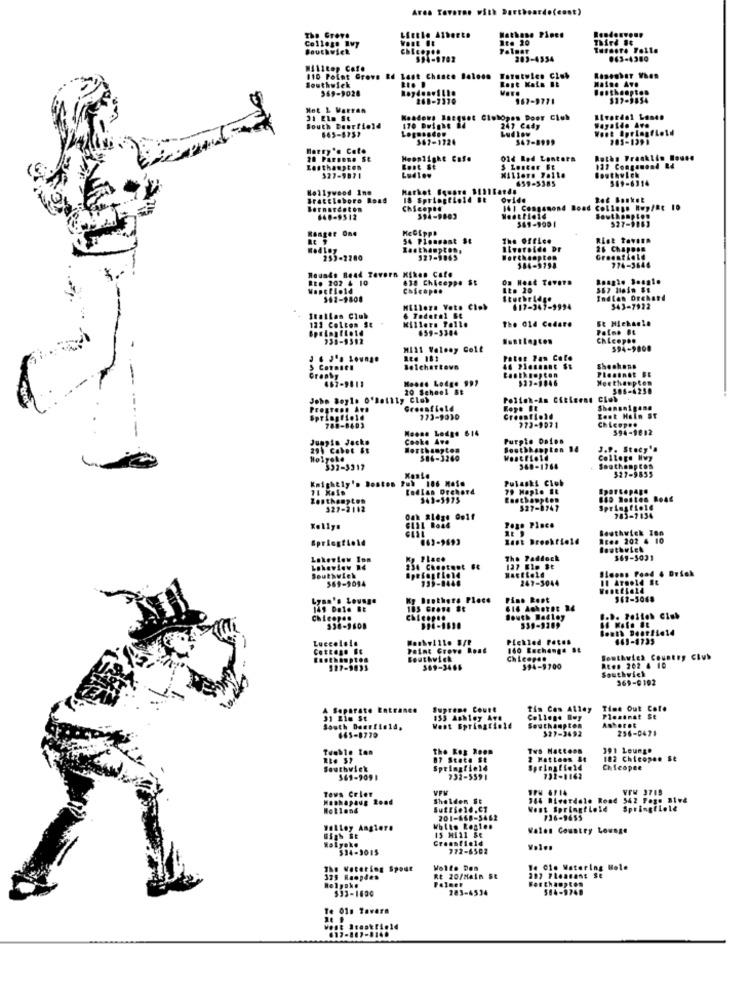
Area Tavares with Dartboardo(cont)
Little Alberts
Nathane Pines
The Grove
Rte 20
Southwick
Palmar
594-1782
283-4554
043-4380
#411top Cafe
Southwlek
110 Point Grove Rd Last Chance Baloon
Rost Kais Et
Tatetwien Club
Maine Ave
569-9028
Besthoopte
261-3370
967-9771
$17-9854
Hot L Vatten
31 Ein St
Keadows Bnegset Ciuhopen Door Club
Wayaide Ave
South Deurtiold
665-6752
247 Cady
Ludlow
West Springfield
567-1724
547-8999
905-1391
Harry's Cato
10 PARDono St
Moonlight Cafe
014 Rod Lante
Raths Trackiin House
Losthaupten
Løst St
5 Loster Ft
Southwick
527-9871
Ludlow
659-5385
549-6314
Hollywood Inn
Market Square 1111
Brattleboro Road
18 Springfield Bt
ovide
Roz Bonket
Chicophd
Westfield
141 Congamond Road College Rwy/Re 10
640-9512
594-9803
361-9001
527-9163
Ranger One
54 Pleasant St
The office
Rist tavinn
Easthampton,
Riverside Dr
26 Chapose
259-2280
527-9865
Greentield
774-3646
Rounds Read Tavern Kikan Cafe
Et. 202 & 10
638 Chiceppe St
Os Heat Tevere
Chicopee
It. 20
Indian Orchard
Millors Vets Clob
417-347-1994
543-7922
Itatlan Club
121 Colton St
Killers Pollo
6 Tedetal B&
659-3304
The 01d Codare
Paine #t
Huntington
Chicopee
MI11 Valeay Goif
594-9808
Ree 181
Shechans
Planindt FE
467-9811
Noone Lodge 99,
523-3846
Merthaupten
20 Scheel Bt
506-4250
John Beyle 0'Dofily Club
Polish-An Citizens Club
Progress Avb
Greenfield
Shenanigans
Springfield
273-9030
Creomfiohd
Zent Hein ST
Chicopee
1-8403
Moose Lodge 614
773-9071
594-9812
Cooke Ave
Purple Dafos
Jumpin Jacke
29, Cabot #t
Worthington
Southhampton 14
J.P. Stacy's
$86-3260
College Hwy
332-3312
540-1264
Southampton
527-9835
Knightly's Boston Pub 186 Maie
Pulaski Club
Rodlan Drchord
79 Maple It
Zonthampton
341-1975
327-2112
$27-8741
Springfio16
Page Place
783-2134
Kellys
Beuthwick Ion
Springfield
(63-9693
last Brookfield
Rten 202 4 10
Lakeview In
The Paddock
$69-5031
Lakeview 14
234 Chantent #4
127 Ele $t
Simons Food 4 Drick
Southwick
569-9094
335-8448
247-3044
Ky Brothers Place
Pino Root
149 Dole Bt
Chicopee
South Wadley
.... Poiteh ciub
539-9209
Pickled Pates
669-1735
COELORO ET
Paint Grove Boat
160 Enchange St
Southwick
Ch Leopen
Southwick Country Club
569-3466
594-9700
RE## 202 4 10
Southwick
969-0102
A Separate Entranen
Supreme Court
tis Cos Alley
Time Out Cole
31 21.
955 Ashley Ave
Plesinat St
Asheret
South Deerfield,
West Springfield
Southampton
527-3492
256-0478
665-8779
Tumble Ion
the Reg Room
Two Nattens
391 Leunge
87 State SE
2 Hattees St
102 Chicopee St
Southwick
Springfield
Chicopee
569-9091
232-5591
732-1162
Teus Crier
1PM 6114
VFW 3715
Moshapaug Rood
Shelden St
744 Riverdale Road
542 Page 81v&
Holland
Went Springfield
Springfield
201-668-5462
Valley Anglere
15 Mill Se
Valen Country Lounge
Holyoke
Creesfield
$34-3015
772-6502
The Watering Spout
Te 01. Watering Hole
325 Raopdes
RE 20/Main St
202 Pleasant Se
Forthampton
$33-1600
283-6534
584-9748
Te 01s Tavara